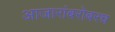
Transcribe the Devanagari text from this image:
आजारांबरोबरच